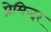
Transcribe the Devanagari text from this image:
प्रेमिन्दर